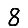
Digit: 8